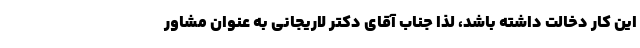
این کار دخالت داشته باشد، لذا جناب آقای دکتر لاریجانی به عنوان مشاور